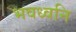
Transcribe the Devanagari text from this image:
भवध्वनि